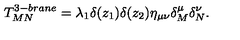
T _ { M N } ^ { 3 - b r a n e } = \lambda _ { 1 } \delta ( z _ { 1 } ) \delta ( z _ { 2 } ) \eta _ { \mu \nu } \delta _ { M } ^ { \mu } \delta _ { N } ^ { \nu } .